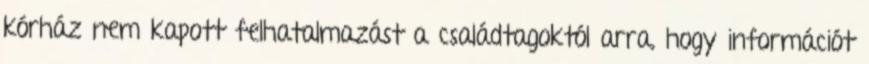
kórház nem kapott felhatalmazást a családtagoktól arra, hogy információt